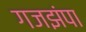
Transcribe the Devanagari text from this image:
गजझंपा